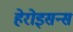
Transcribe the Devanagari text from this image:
हेरोइसन्स